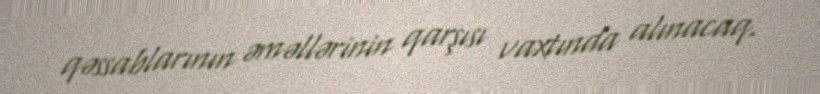
qəssablarının əməllərinin qarşısı vaxtında alınacaq.